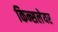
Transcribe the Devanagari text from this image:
किन्सलेयर